Bréfritari: Sæmundur Jónsson
Viðtakandi: Páll Pálsson
Dagsetning: A-1871-04-06
Skrifað á: Hraungerði
Sæmundur var maður Stefaníu Siggeirsdóttur bróðurdóttur Páls Pálssonar

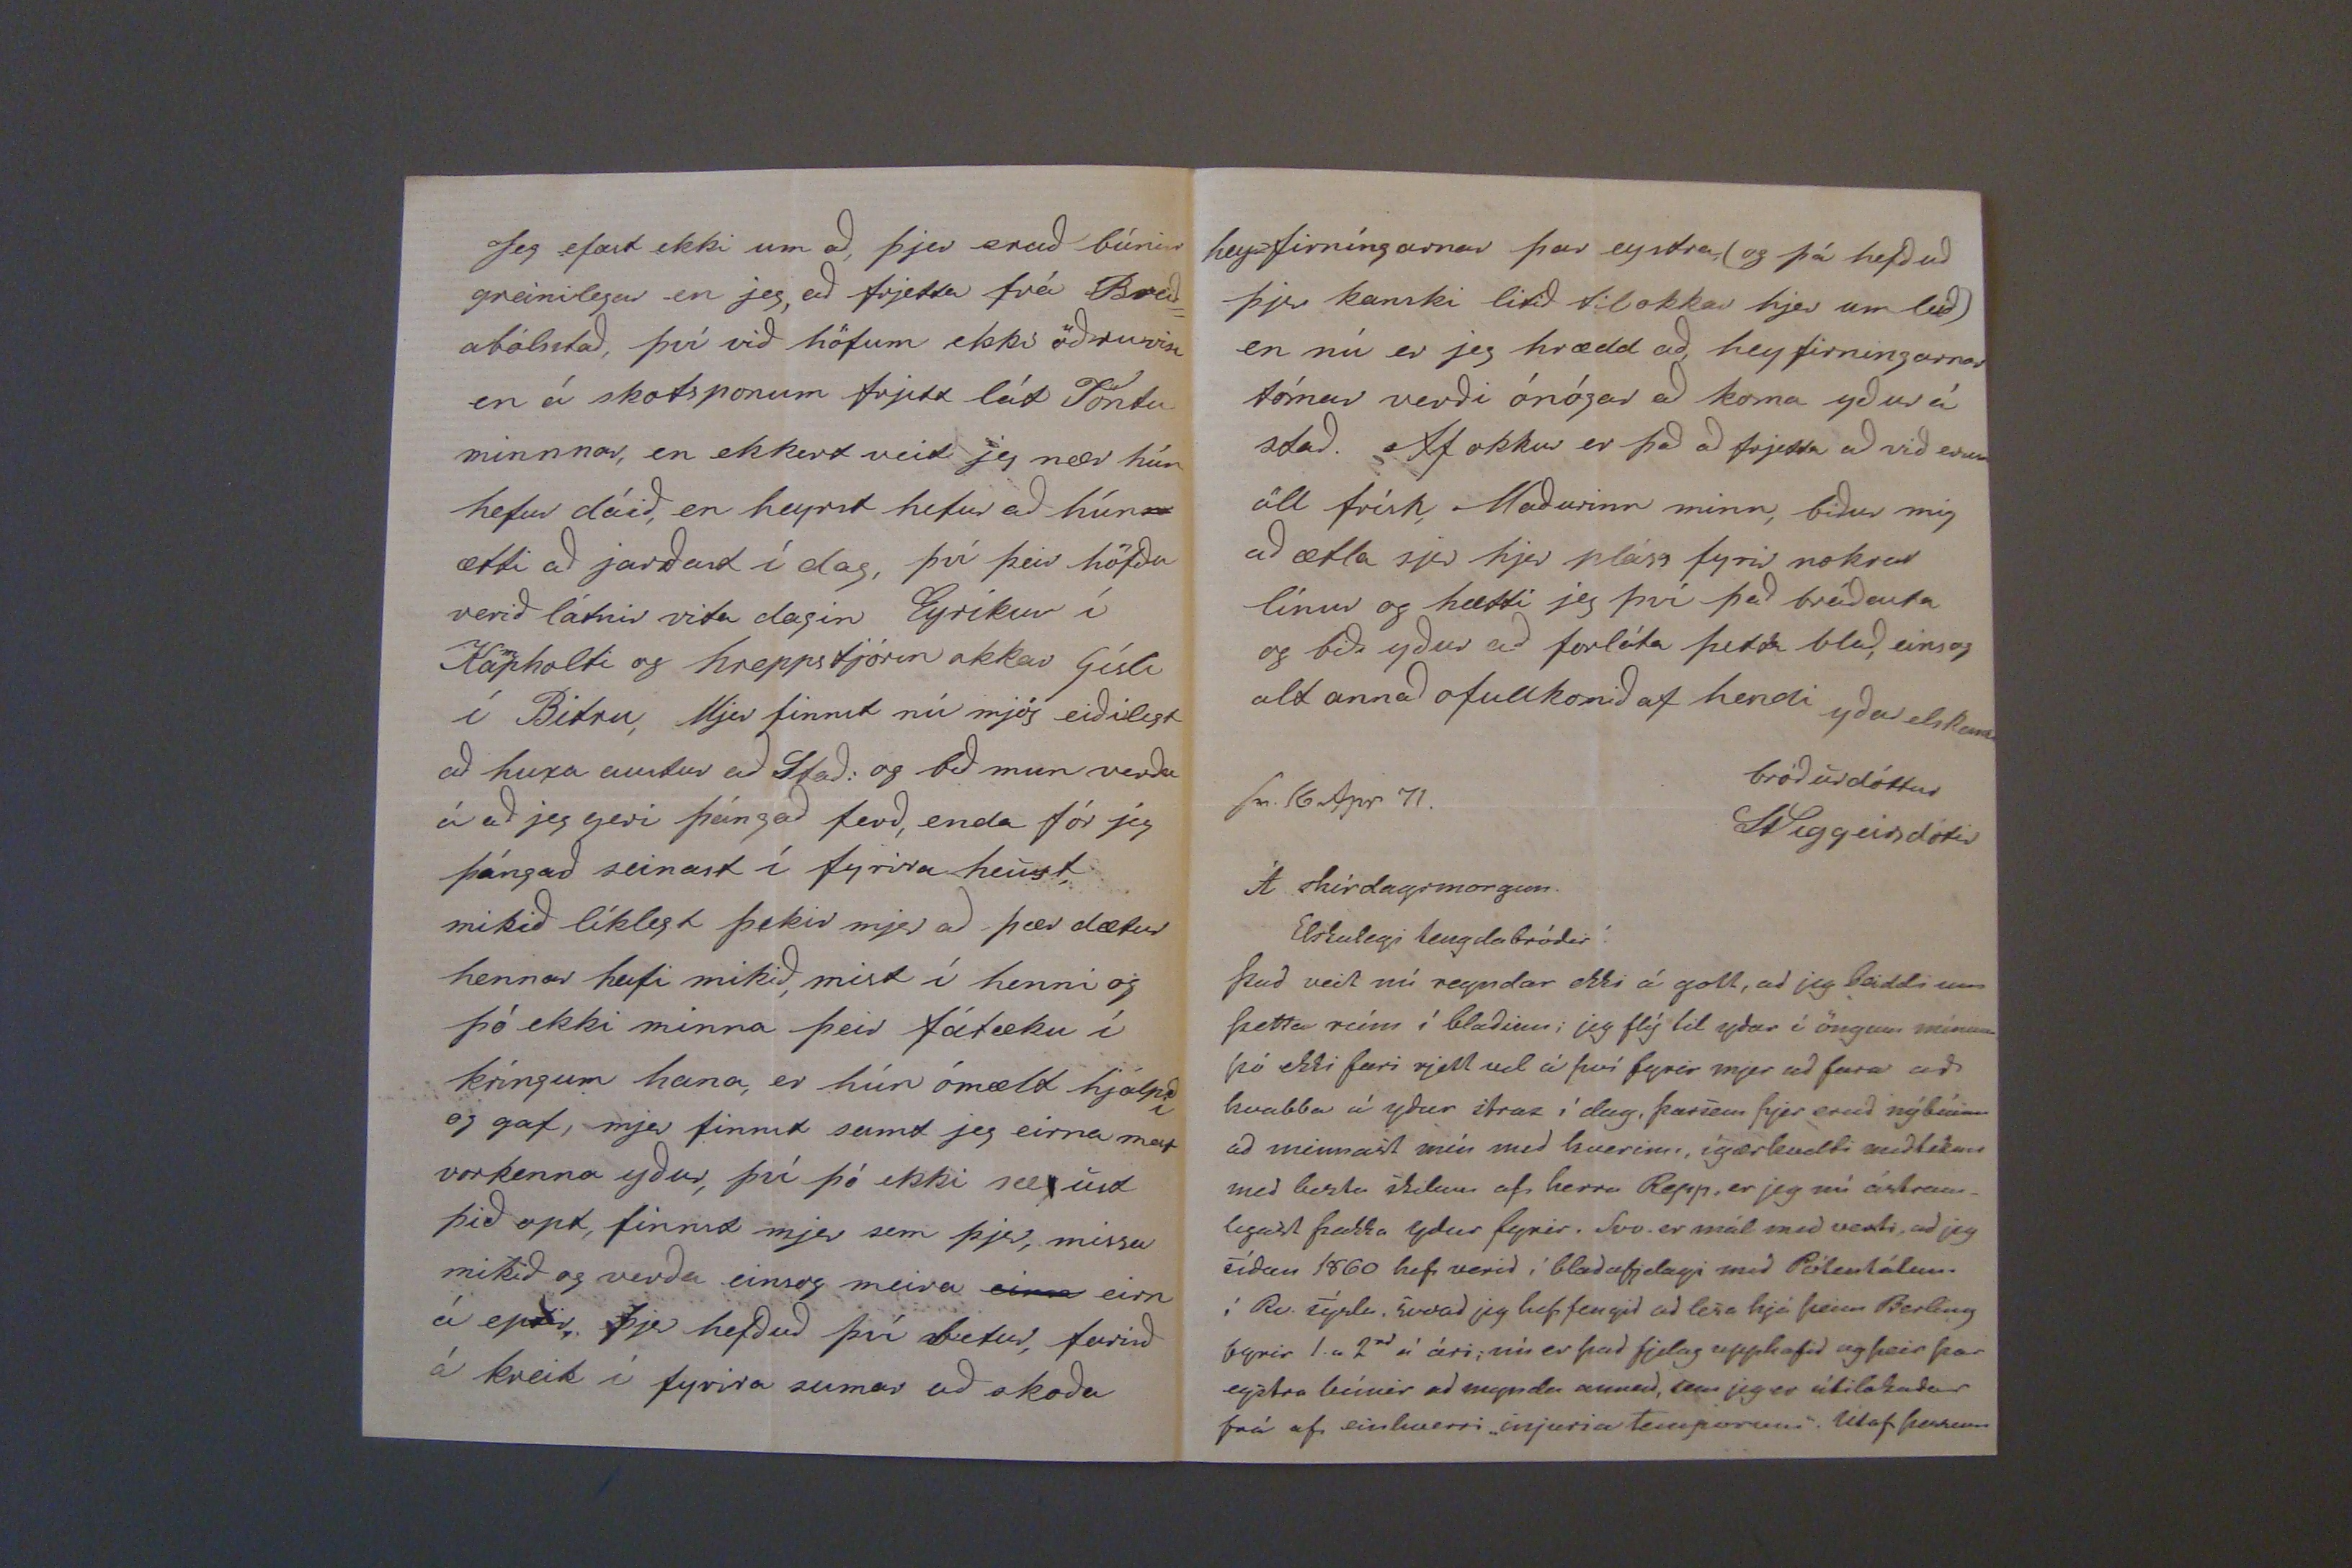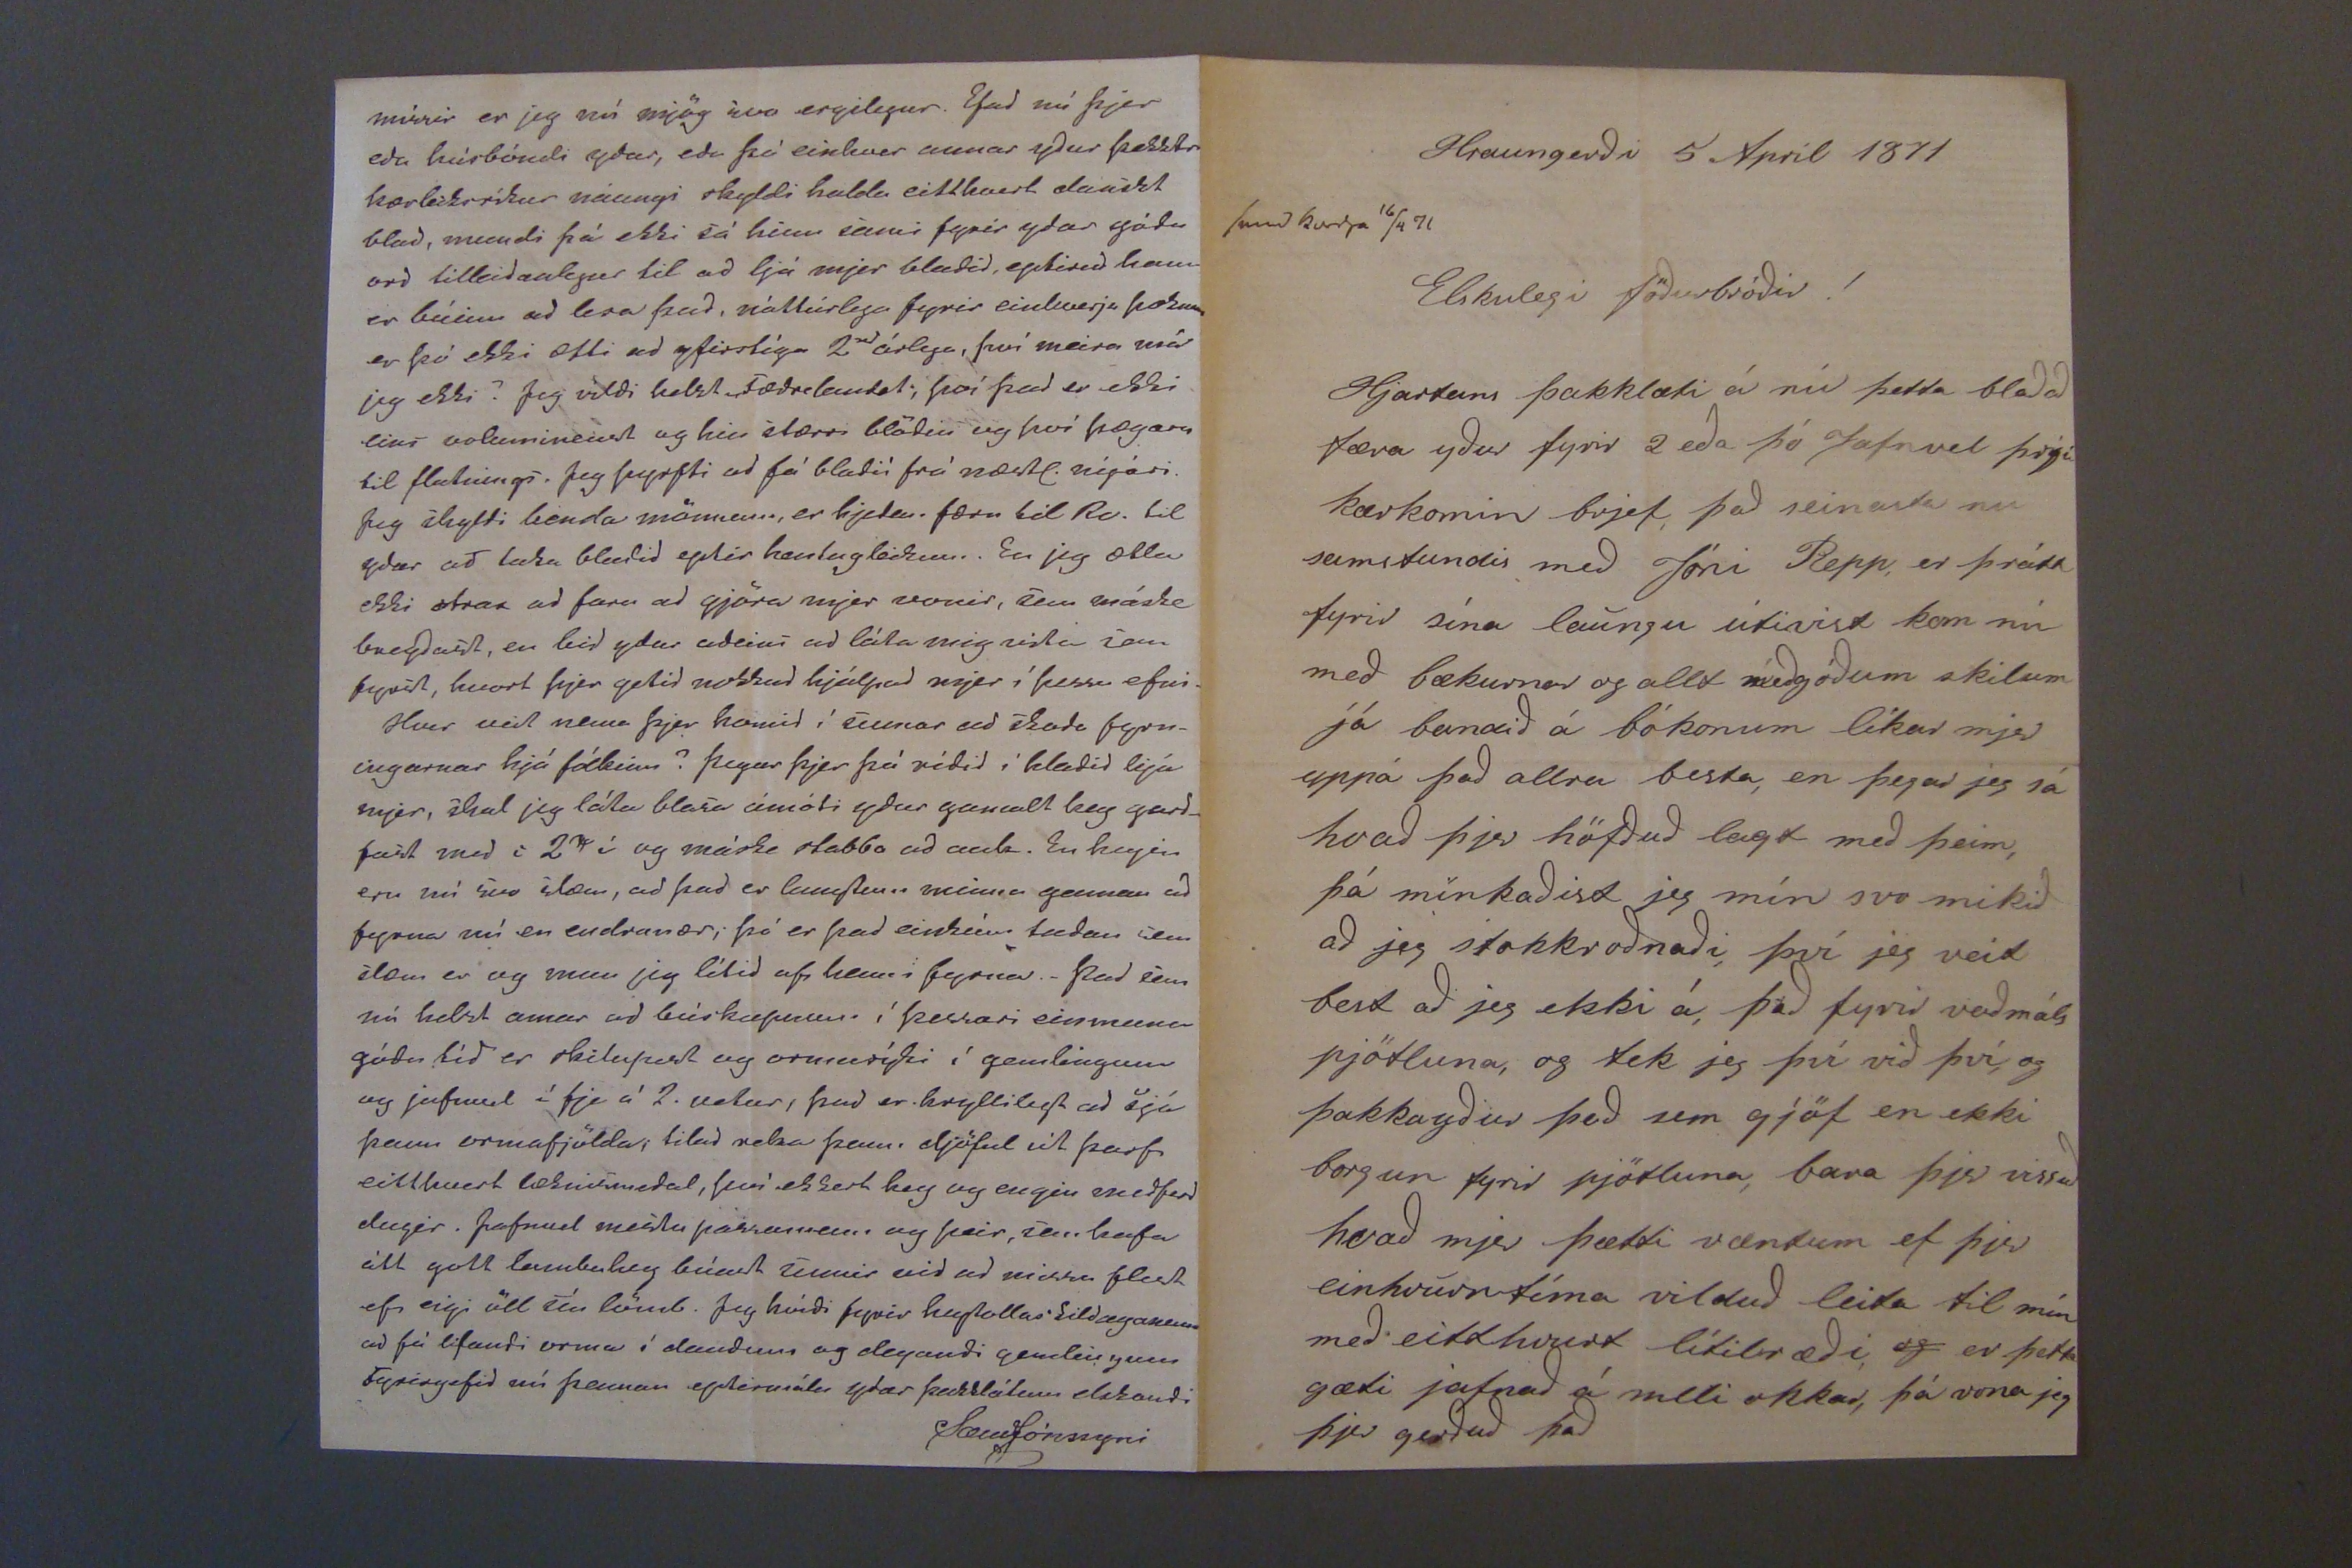

sv. 16 Apr 71
Á skírdagsmorgun
Elskulegi tengdabróðir!
Það veit nú reyndar ekki á gott, ad jeg beiddi um þetta rími í blaðinu; jeg flý til yðar í öngum mínum þó ekki fari rjett vel á því fyrir mjer að fara að kvabba á yður strax í dag, þarsem þjer eruð nýbúinn að minnast mín med kverinu, ígærkveldi meðtókum með beztu skilum af herra Repp, er jeg nú ástsam_ legast þakka yður fyrir. Svo er mál med vexti, að jeg síðan 1860 hefi verið í blaðafjelagi með
Pól000álum
í Rv. sýslu, svoad jeg hefi fengið að lesa hjá þeim Berlíng fyrir 1. a 2rd á ári; nú er það fjelag upphafid og þeir þar eystra búnir að mynda annad, sem jeg er útilokaður frá af einhvorri "injuria Temporum" Útaf þessum
missir er jeg nú mjög svo ergilegur. Efað nú þjer eða húsbóndi yðar, eða þá einhver annar yður þekktr kærleiksríkur náungi skyldi halda eitthvert dáríkt blað, mundi þá ekki sá hinn sami fyrir yðar góðu orð tilleiðanlegur til að ljá mjer blaðið, eptirað hann er búinn að lesa það, náttúrlega fyrir einhverju þosum er þó ekki ætli að yfirstíga 2
rd
árlega, því meira má jeg ekki? Jeg vildi helst
fæðr0lautst;
því það er ekki eins volum
ine00t
og hin stærri blöðin og því hægara til flutnings. Jeg þyrfti að fá blaðið frá næstl. nýári. jeg skyldi benda mönnum, er hjelm. færu til Rv. til yður að taka blaðið eptir hentugleikum. En jeg ætla ekki strax að fara að gjöra mjer vonir, sem máske bregðast, en leið yður aðeins að láta mig vita sem fyrst, hvort þjer getið nokkuð hjálpað mjer í þessu efni. Hvur veit nema þjer komið í sumar að skoða fyrn- ingarnar hjá fólkinu? Þegar þjer þá réðið í blaðið hjá mjer, skal jeg láta blasa ámóti yður gamalt hey garð_ fast með i 2
00
í og máske stabba að auk. En heyin eru nú svo slæm, að það er langtum minna gaman að fyrna nú en endranær; þá er það eintúm taðan sem slæm er og mun jeg lítið af henni fyrna._ Það sem nú helst amar að búskapnum í þessari einmuna góðu tíð er skitapest og ormasýki í gamlingum og jafnvel í fje á 2. vikur, það er hryllilegt að sjá þann ormafjölda; tilað reka þann djöful út þarf eitthvert læknismeðal, því ekkert hey og engin meðferð dugir. Jafnvel mestu passamenn og þeir, sem hafa alt gott lambahey búast sumir við að missa flest ef eigi öll sín lömb. Jeg hvíði fyrir hey
tollas 0ildaga000
að fá lifandi orma í dauðum og deyandi
gamlingum
Fyrirgefið nú þennan eptirmála yðar þakklátum elskandi
SæmJónssyni